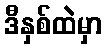
ဒီနှစ်ထဲမှာ